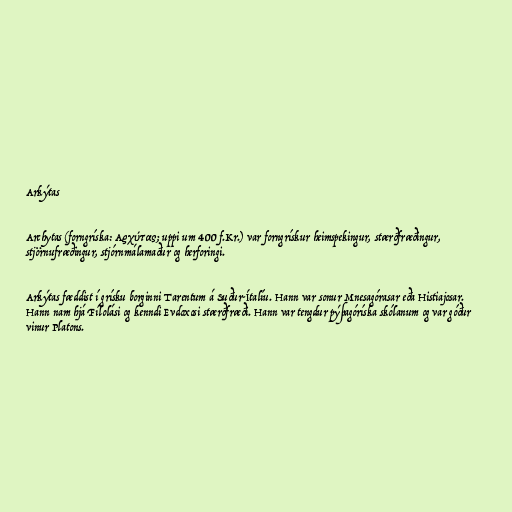
Arkýtas

Archytas (forngríska: Αρχύτας; uppi um 400 f.Kr.) var forngrískur heimspekingur, stærðfræðingur,
stjörnufræðingur, stjórnmálamaður og herforingi.

Arkýtas fæddist í grísku borginni Tarentum á Suður-Ítalíu. Hann var sonur Mnesagórasar eða Histiajosar.
Hann nam hjá Fílolási og kenndi Evdoxosi stærðfræði. Hann var tengdur pýþagóríska skólanum og var góður
vinur Platons.